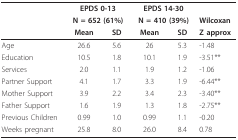
<table><thead><tr><td></td><td colspan="2"><b>EPDS 0-13</b></td><td colspan="2"><b>EPDS 14-30</b></td><td></td></tr><tr><td></td><td colspan="2"><b>N = 652 (61%)</b></td><td colspan="2"><b>N = 410 (39%)</b></td><td><b>Wilcoxan</b></td></tr><tr><td></td><td><b>Mean</b></td><td><b>SD</b></td><td><b>Mean</b></td><td><b>SD</b></td><td><b>Z approx</b></td></tr></thead><tbody><tr><td>Age</td><td>26.6</td><td>5.6</td><td>26</td><td>5.3</td><td>-1.48</td></tr><tr><td>Education</td><td>10.5</td><td>1.8</td><td>10.1</td><td>1.9</td><td>-3.51**</td></tr><tr><td>Services</td><td>2.0</td><td>1.1</td><td>1.9</td><td>1.2</td><td>-1.06</td></tr><tr><td>Partner Support</td><td>4.1</td><td>1.7</td><td>3.3</td><td>1.9</td><td>-6.44**</td></tr><tr><td>Mother Support</td><td>3.9</td><td>2.2</td><td>3.4</td><td>2.3</td><td>-3.40**</td></tr><tr><td>Father Support</td><td>1.6</td><td>1.9</td><td>1.3</td><td>1.8</td><td>-2.75**</td></tr><tr><td>Previous Children</td><td>0.99</td><td>1.0</td><td>0.99</td><td>1.1</td><td>-0.20</td></tr><tr><td>Weeks pregnant</td><td>25.8</td><td>8.0</td><td>26.0</td><td>8.4</td><td>0.78</td></tr></tbody></table>